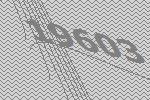
19603